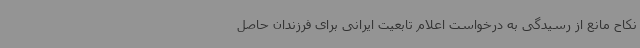
نکاح مانع از رسیدگی به درخواست اعلام تابعیت ایرانی برای فرزندان حاصل